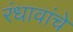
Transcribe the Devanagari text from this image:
रंधावांचे